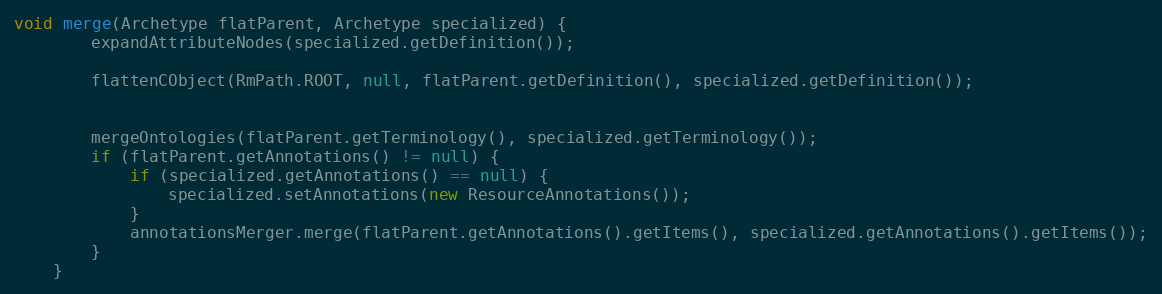
Language: Java
void merge(Archetype flatParent, Archetype specialized) {
        expandAttributeNodes(specialized.getDefinition());

        flattenCObject(RmPath.ROOT, null, flatParent.getDefinition(), specialized.getDefinition());

        mergeOntologies(flatParent.getTerminology(), specialized.getTerminology());
        if (flatParent.getAnnotations() != null) {
            if (specialized.getAnnotations() == null) {
                specialized.setAnnotations(new ResourceAnnotations());
            }
            annotationsMerger.merge(flatParent.getAnnotations().getItems(), specialized.getAnnotations().getItems());
        }
    }